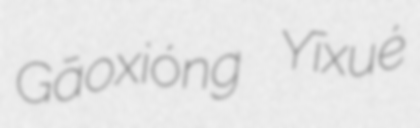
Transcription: Gāoxióng Yīxué